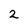
Character: 2